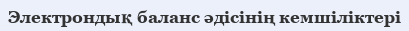
Электрондық баланс әдісінің кемшіліктері